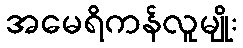
အမေရိကန်လူမျိုး